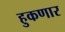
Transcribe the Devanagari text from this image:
हुकणार